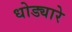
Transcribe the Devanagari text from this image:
धोड्यारे